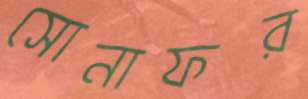
সোনাফর